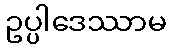
ဥပ္ပါဒေဿာမ